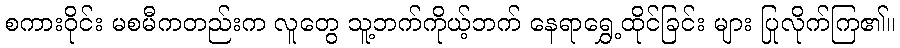
စကားဝိုင်း မစမီကတည်းက လူတွေ သူ့ဘက်ကိုယ့်ဘက် နေရာရွှေ့ထိုင်ခြင်း များ ပြုလိုက်ကြ၏။